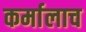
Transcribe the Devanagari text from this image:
कर्मालाच